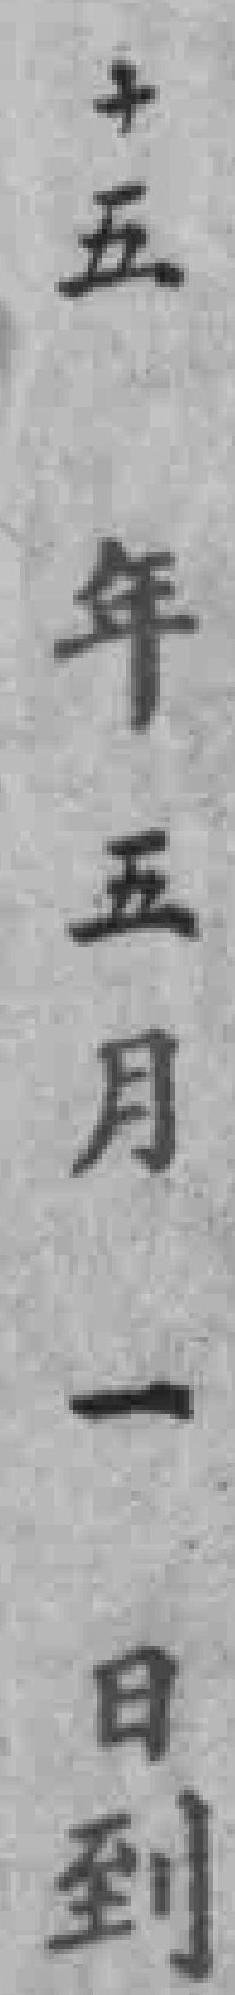
十五年五月一日到